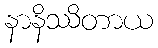
နာနိဿိတာယ